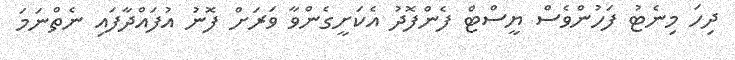
ދިހަ މިނެޓު ފަހުންވެސް ޔީސްޓް ފެންފޮދު އެކަށީގެންވާ ވަރަށް ފޮނު އުފައްދާފައި ނެތްނަމަ